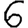
Digit: 6